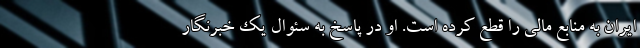
ایران به منابع مالی را قطع کرده است. او در پاسخ به سئوال یک خبرنگار